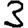
Digit: 3